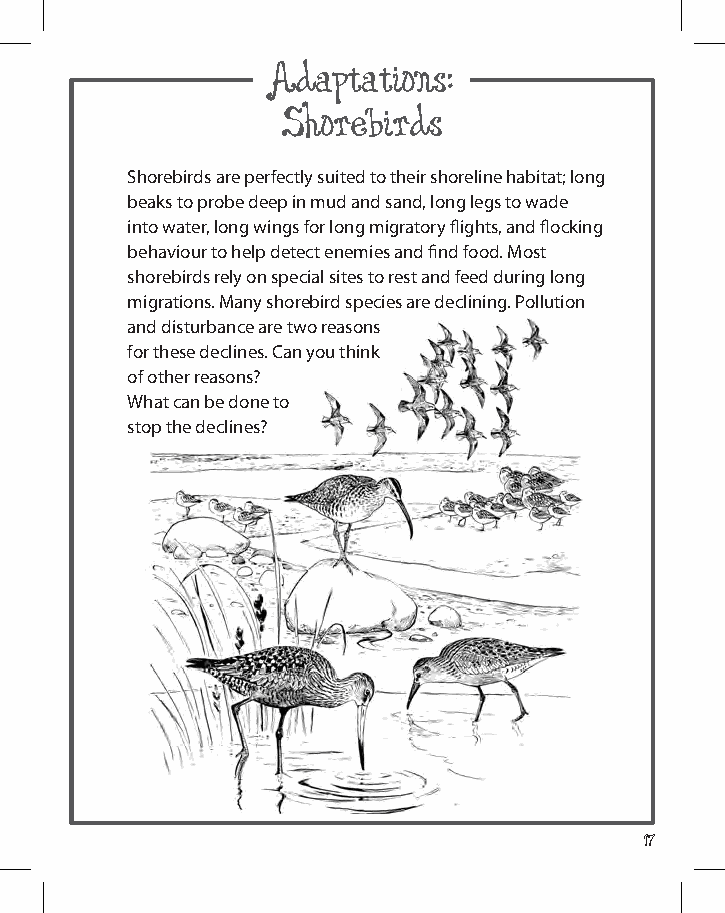
adaptations:
 Shorebirds
 Shorebirds are perfectly suited to their shoreline habitat; long
 beaks to probe deep in mud and sand, long legs to wade
 into water, long wings for long migratory flights, and flocking
 behaviour to help detect enemies and find food. most
 shorebirds rely on special sites to rest and feed during long
 migrations. many shorebird species are declining. pollution
 and disturbance are two reasons
 for these declines. Can you think
 of other reasons?
 What can be done to
 stop the declines?
 17